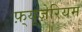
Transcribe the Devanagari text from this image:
फ़्यूज़ेरियम